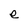
Character: e